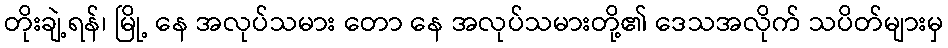
တိုးချဲ့ရန်၊ မြို့ နေ အလုပ်သမား တော နေ အလုပ်သမားတို့၏ ဒေသအလိုက် သပိတ်များမှ